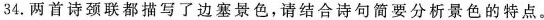
34.两首诗颈联都描写了边塞景色，请结合诗句简要分析景色的特点。